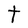
Character: t